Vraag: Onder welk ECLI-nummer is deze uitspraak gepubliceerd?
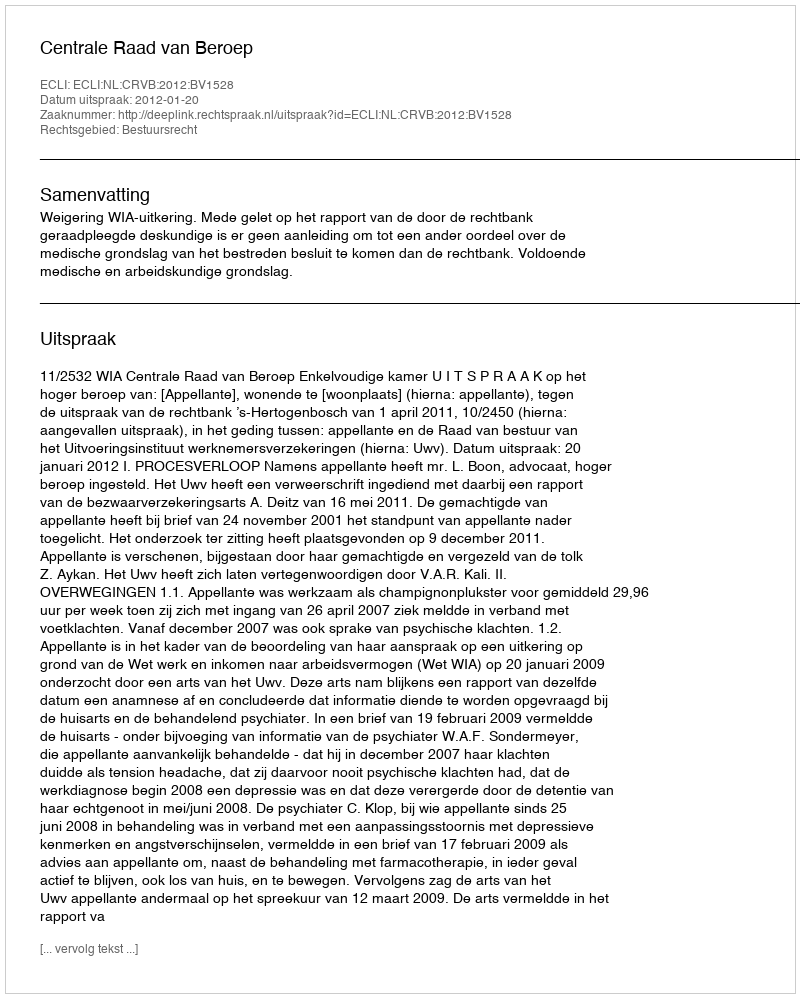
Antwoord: ECLI:NL:CRVB:2012:BV1528